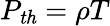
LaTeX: P_{\mathit{th}}=\rho T